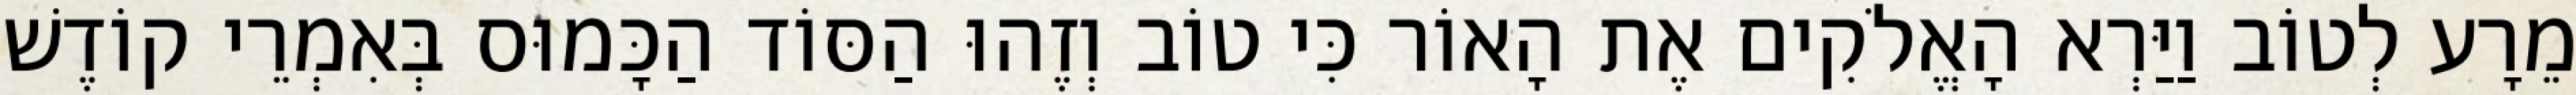
מֵרָע לְטוֹב וַיַּרְא הָאֱלֹקִים אֶת הָאוֹר כִּי טוֹב וְזֶהוּ הַסּוֹד הַכָּמוּס בְּאִמְרֵי קוֹדֶשׁ